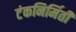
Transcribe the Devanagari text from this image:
टंकनिर्मिती